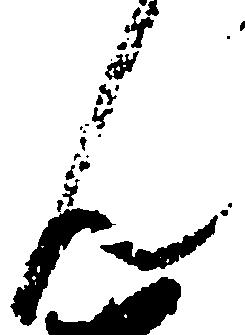
ん